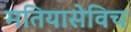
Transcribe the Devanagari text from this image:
मतियासेविच